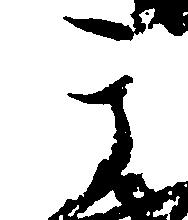
其